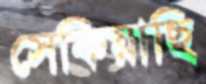
সেকিয়াছি